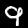
Digit: 9